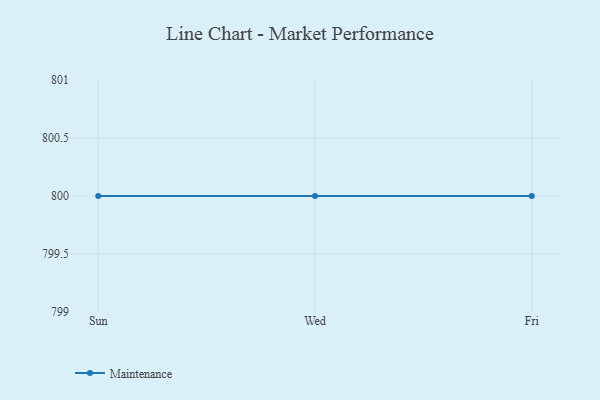
{"axis": {"x": "Day", "y": "Tickets Resolved"}, "legend": ["Maintenance"], "data": [{"x": "Sun", "y": 800, "type": "Maintenance"}, {"x": "Wed", "y": 800, "type": "Maintenance"}, {"x": "Fri", "y": 800, "type": "Maintenance"}]}